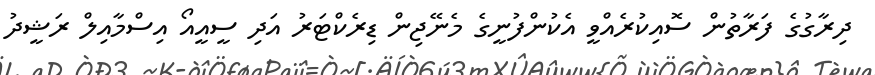
ދިރާގުގެ ފަރާތުން ސޮއިކުރެއްވީ އެކުންފުނީގެ މެނޭޖިން ޑިރެކްޓަރު އަދި ސީއީއޯ އިސްމާއިލް ރަޝީދު